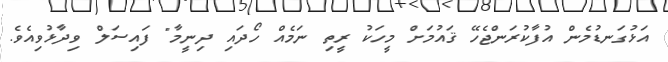
އަޅުގަނޑުމެން އުފާކުރަންޖެހޭ ޤައުމަށް މީހަކު ރީތި ނަމެއް ހޯދައި ދިނީމާ" ފައިސަލް ވިދާޅުވިއެވެ.